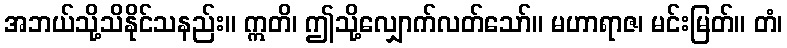
အဘယ်သို့သိနိုင်သနည်း။ ဣတိ၊ ဤသို့လျှောက်လတ်သော်။ မဟာရာဇ၊ မင်းမြတ်။ တံ၊